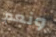
ونعم